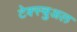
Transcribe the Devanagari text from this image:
टेक्स्चुअल